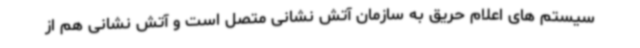
سیستم های اعلام حریق به سازمان آتش نشانی متصل است و آتش نشانی هم از